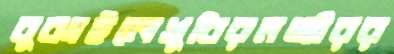
বুঝাইলেখুবিরমঞ্জীরর